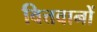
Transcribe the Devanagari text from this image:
वित्तवानों